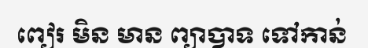
ពៀរ មិន មាន ព្យាបាទ ទៅកាន់